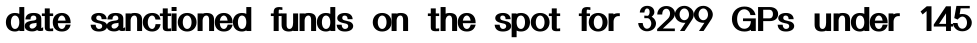
date sanctioned funds on the spot for 3299 GPs under 145